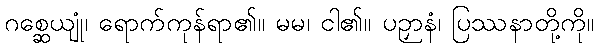
ဂစ္ဆေယျုံ၊ ရောက်ကုန်ရာ၏။ မမ၊ ငါ၏။ ပဉှာနံ၊ ပြဿနာတို့ကို။